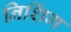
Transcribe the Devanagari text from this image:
निशिंग